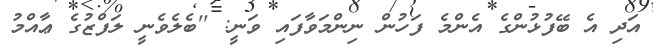
އަދި އެ ބޭފުޅުންގެ އެންމެ ފަހުން ނިންމަވާފައި ވަނީ: ''ބެލެވެނީ ލަފްޒުގެ ޢާއްމު